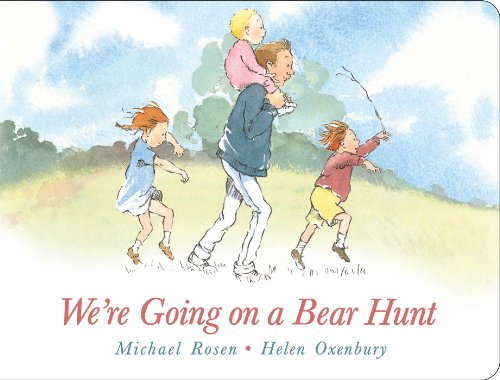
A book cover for We're Going on a Bear Hunt: Lap Edition; Michael Rosen; Children's Books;